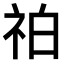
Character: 𥙃